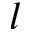
l